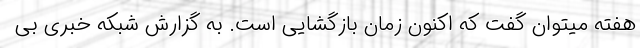
هفته میتوان گفت که اکنون زمان بازگشایی است. به گزارش شبکه خبری بی